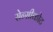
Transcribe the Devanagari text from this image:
सेन्सीकोट